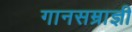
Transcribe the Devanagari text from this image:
गानसम्राज्ञी